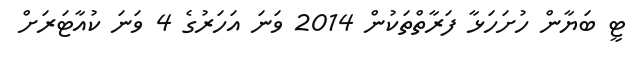
ޓީ ބަޔާން ހުށަހަޅާ ފަރާތްތަކުން 2014 ވަނަ އަހަރުގެ 4 ވަނަ ކުއާޓަރަށް